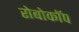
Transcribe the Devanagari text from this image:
रोबोकॉप